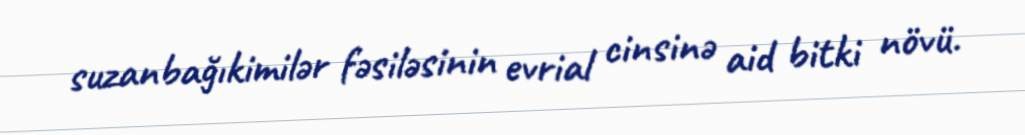
suzanbağıkimilər fəsiləsinin evrial cinsinə aid bitki növü.